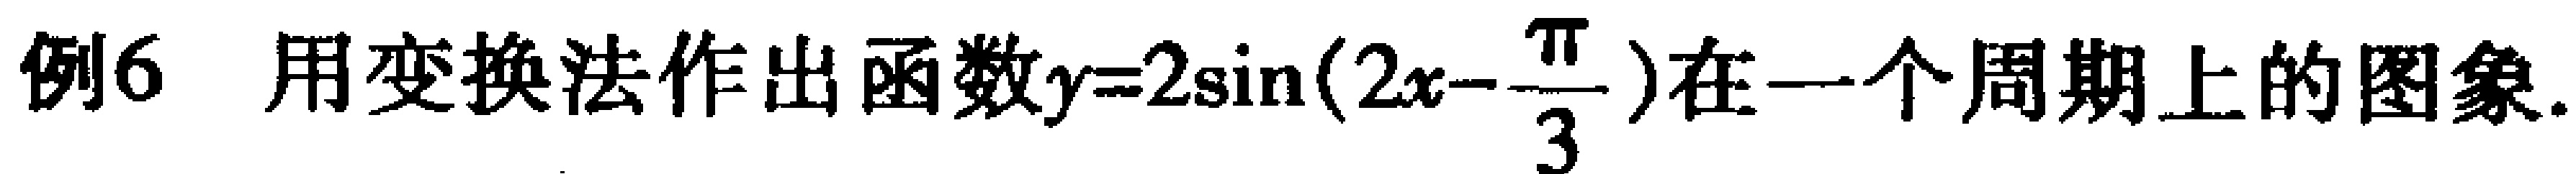
例6 用变换法作出函数\(y = 2\sin(2x - \frac{\pi}{3})\)在一个周期上的图象.